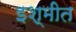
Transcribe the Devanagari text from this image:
इश्मीत